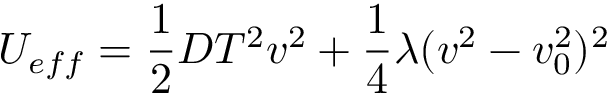
U _ { e f f } = \frac { 1 } { 2 } D T ^ { 2 } v ^ { 2 } + \frac { 1 } { 4 } \lambda ( v ^ { 2 } - v _ { 0 } ^ { 2 } ) ^ { 2 }